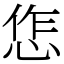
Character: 㤰